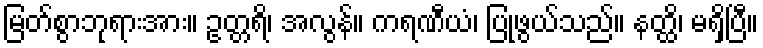
မြတ်စွာဘုရားအား။ ဥတ္တရိ၊ အလွန်။ ကရဏီယံ၊ ပြုဖွယ်သည်။ နတ္ထိ၊ မရှိပြီ။